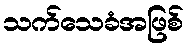
သက်သေခံအဖြစ်